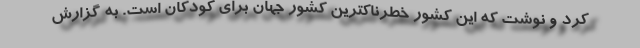
کرد و نوشت که این کشور خطرناکترین کشور جهان برای کودکان است. به گزارش